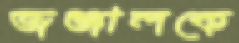
জঞ্জালকে